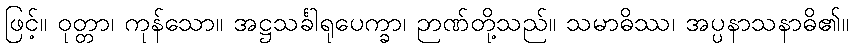
ဖြင့်။ ဝုတ္တာ၊ ကုန်သော။ အဋ္ဌသင်္ခါရုပေက္ခာ၊ ဉာဏ်တို့သည်။ သမာဓိဿ၊ အပ္ပနာသနာဓိ၏။